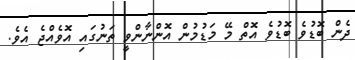
ދެން ބޮޑުވެ ބޮޑުވެ އޮތް މޭ މަޑުމުން އޮންނާންވީ ތަނުގައި އޮވެއްޖެ އެވެ.